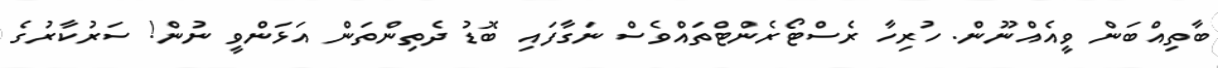
ބާތިއްބަން ވީއެއްނޫން. ހުރިހާ ރެސްޓޯރެންޓްތައްވެސް ނަގާފައި ބޮޑު ދެތިންތަން އަޅަންވީ ނުން! ސަރުކާރުގެ